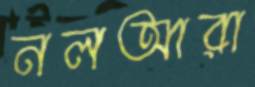
নলআরা